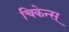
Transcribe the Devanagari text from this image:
चिकेन्स्